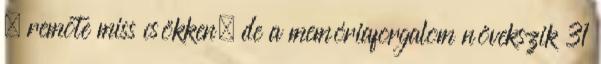
– remote miss csökken, de a memóriaforgalom növekszik 31